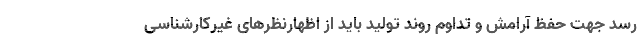
رسد جهت حفظ آرامش و تداوم روند تولید باید از اظهارنظرهای غیرکارشناسی